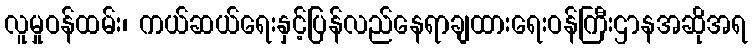
လူမှုဝန်ထမ်း၊ ကယ်ဆယ်ရေးနှင့်ပြန်လည်နေရာချထားရေးဝန်ကြီးဌာနအဆိုအရ